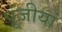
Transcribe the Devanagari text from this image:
पूंजीयां